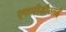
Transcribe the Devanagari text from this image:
एफपीडीआई